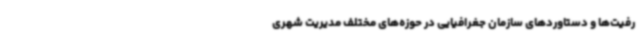
رفیت‌ها و دستاوردهای سازمان جغرافیایی در حوزه‌های مختلف مدیریت شهری